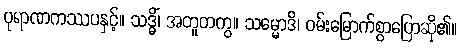
ပုရာဏကဿပနှင့်။ သဒ္ဓိံ၊ အတူတကွ။ သမ္မောဒိ၊ ဝမ်းမြောက်စွာပြောဆို၏။